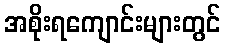
အစိုးရကျောင်းများတွင်